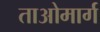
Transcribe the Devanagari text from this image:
ताओमार्ग